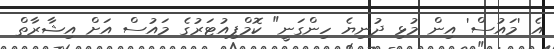
އެ 'މައުސް' އިން މުޅި ދުނިޔެ ހިންގަނީ" ކޮމްޕިއުޓަރުގެ މައުސް އަށް އިޝާރާތް